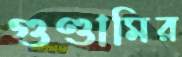
গুণ্ডামির